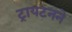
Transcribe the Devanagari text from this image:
ट्रायटनने